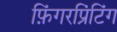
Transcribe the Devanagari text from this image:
फ़िंगरप्रिंटिंग